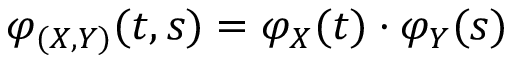
\varphi _ { ( X , Y ) } ( t , s ) = \varphi _ { X } ( t ) \cdot \varphi _ { Y } ( s )